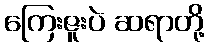
ကြေးဇူးပဲ ဆရာတို့